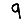
Digit: 9